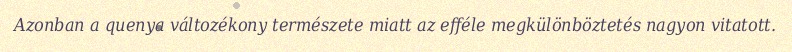
Azonban a quenya változékony természete miatt az efféle megkülönböztetés nagyon vitatott.